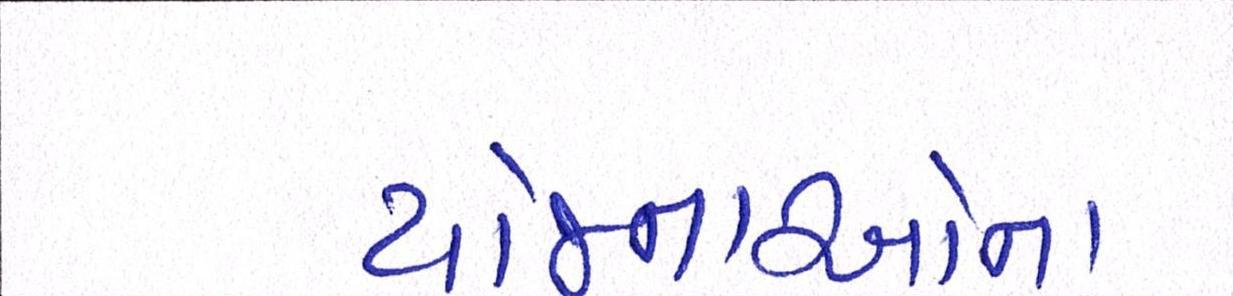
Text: યોજનાઓના